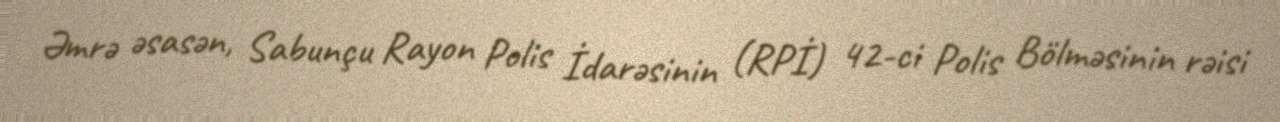
Əmrə əsasən, Sabunçu Rayon Polis İdarəsinin (RPİ) 42-ci Polis Bölməsinin rəisi